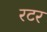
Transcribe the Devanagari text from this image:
रटर